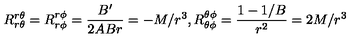
R _ { r \theta } ^ { r \theta } = R _ { r \phi } ^ { r \phi } = \frac { B ^ { \prime } } { 2 A B r } = - M / r ^ { 3 } , R _ { \theta \phi } ^ { \theta \phi } = \frac { 1 - 1 / B } { r ^ { 2 } } = 2 M / r ^ { 3 }